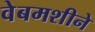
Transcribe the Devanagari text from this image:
वेबमशीने